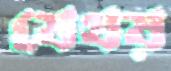
যেথয়